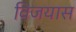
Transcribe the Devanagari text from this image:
विजयास